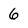
Character: 6